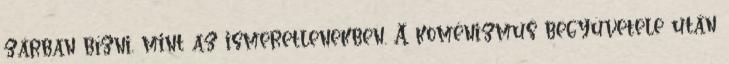
zárban bízni, mint az ismeretlenekben. A koménizmus begyüvetele után